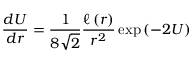
\frac { d U } { d r } = \frac { 1 } { 8 \sqrt { 2 } } \frac { \ell \left( r \right) } { r ^ { 2 } } \exp \left( - 2 U \right)